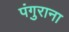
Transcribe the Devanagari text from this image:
पंगुराना